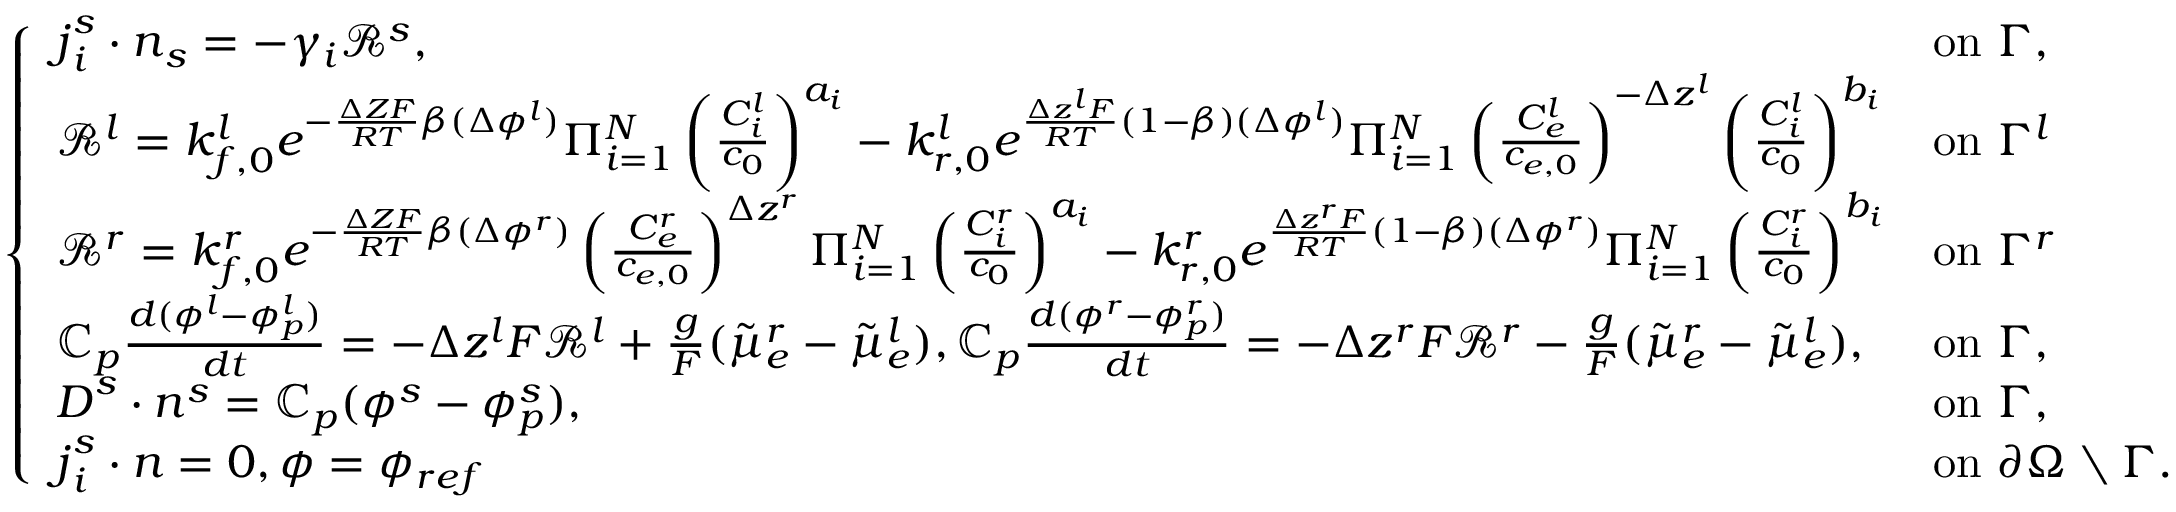
\left\{ \begin{array} { l l } { \boldsymbol { j } _ { i } ^ { s } \cdot \boldsymbol { n } _ { s } = - \gamma _ { i } \mathcal { R } ^ { s } , } & { \mathrm { o n ~ } \Gamma , } \\ { \mathcal { R } ^ { l } = k _ { f , 0 } ^ { l } e ^ { - \frac { \Delta Z F } { R T } \beta ( \Delta \phi ^ { l } ) } \Pi _ { i = 1 } ^ { N } \left( \frac { C _ { i } ^ { l } } { c _ { 0 } } \right) ^ { a _ { i } } - k _ { r , 0 } ^ { l } e ^ { \frac { \Delta z ^ { l } F } { R T } ( 1 - \beta ) ( \Delta \phi ^ { l } ) } \Pi _ { i = 1 } ^ { N } \left( \frac { C _ { e } ^ { l } } { c _ { e , 0 } } \right) ^ { - \Delta z ^ { l } } \left( \frac { C _ { i } ^ { l } } { c _ { 0 } } \right) ^ { b _ { i } } } & { \mathrm { o n ~ } \Gamma ^ { l } } \\ { \mathcal { R } ^ { r } = k _ { f , 0 } ^ { r } e ^ { - \frac { \Delta Z F } { R T } \beta ( \Delta \phi ^ { r } ) } \left( \frac { C _ { e } ^ { r } } { c _ { e , 0 } } \right) ^ { \Delta z ^ { r } } \Pi _ { i = 1 } ^ { N } \left( \frac { C _ { i } ^ { r } } { c _ { 0 } } \right) ^ { a _ { i } } - k _ { r , 0 } ^ { r } e ^ { \frac { \Delta z ^ { r } F } { R T } ( 1 - \beta ) ( \Delta \phi ^ { r } ) } \Pi _ { i = 1 } ^ { N } \left( \frac { C _ { i } ^ { r } } { c _ { 0 } } \right) ^ { b _ { i } } } & { \mathrm { o n ~ } \Gamma ^ { r } } \\ { \mathbb { C } _ { p } \frac { d ( \phi ^ { l } - \phi _ { p } ^ { l } ) } { d t } = - \Delta z ^ { l } F \mathcal { R } ^ { l } + \frac { g } F ( \tilde { \mu } _ { e } ^ { r } - \tilde { \mu } _ { e } ^ { l } ) , \mathbb { C } _ { p } \frac { d ( \phi ^ { r } - \phi _ { p } ^ { r } ) } { d t } = - \Delta z ^ { r } F \mathcal { R } ^ { r } - \frac { g } F ( \tilde { \mu } _ { e } ^ { r } - \tilde { \mu } _ { e } ^ { l } ) , } & { \mathrm { o n ~ } \Gamma , } \\ { \boldsymbol { D } ^ { s } \cdot \boldsymbol { n } ^ { s } = \mathbb { C } _ { p } ( \phi ^ { s } - \phi _ { p } ^ { s } ) , } & { \mathrm { o n ~ } \Gamma , } \\ { \boldsymbol { j } _ { i } ^ { s } \cdot \boldsymbol { n } = 0 , \phi = \phi _ { r e f } ~ } & { \mathrm { o n ~ } \partial \Omega \setminus \Gamma . } \end{array} \right.